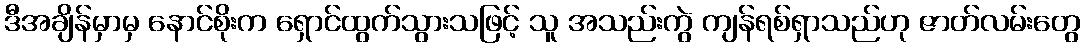
ဒီအချိန်မှာမှ နောင်စိုးက ရှောင်ထွက်သွားသဖြင့် သူ အသည်းကွဲ ကျန်ရစ်ရှာသည်ဟု ဇာတ်လမ်းတွေ